Sketch of the medical history of the native army of Bombay, for the year
Year: 1875
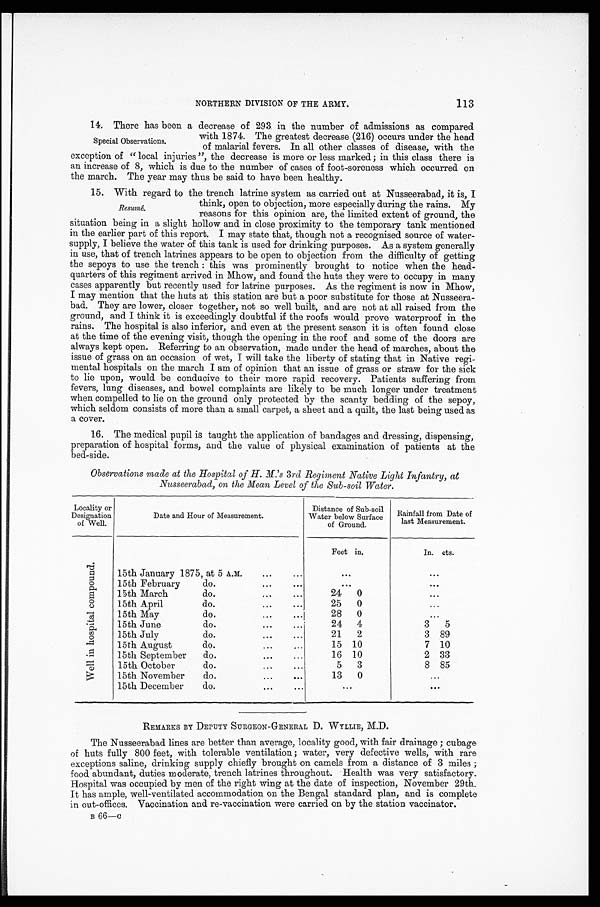
113
NORTHERN DIVISION OF THE ARMY.
14. There has been a decrease of 293 in the number of admissions as compared
Special Observations.
with 1874. The greatest decrease (216) occurs under the head
of malarial fevers. In all other classes of disease, with the
exception of " local injuries ", the decrease is more or less marked; in this class there is
an increase of 8, which is due to the number of cases of foot-soreness which occurred on
the march. The year may thus be said to have been healthy.
15. With reeard to the trench latrine system as carried out at Nusseerabad, it is. I
Resumé.
think, open to objection, more especially during the rains. My
reasons for this opinion are, the limited extent of ground, the
situation being in a slight hollow and in close proximity to the temporary tank mentioned
in the earlier part of this report. I may state that, though not a recognised source of water-
supply, I believe the water of this tank is used for drinking purposes. As a system generally
in use, that of trench latrines appears to be open to objection from the difficulty of getting
the sepoys to use the trench : this was prominently brought to notice when the head-
quarters of this regiment arrived in Mhow, and found the huts they were to occupy in many
cases apparently but recently used for latrine purposes. As the regiment is now in Mhow,
I may mention that the huts at this station are but a poor substitute for those at Nusseera-
bad. They are lower, closer together, not so well built, and are not at all raised from the
ground, and I think it is exceedingly doubtful if the roofs would prove waterproof in the
rains. The hospital is also inferior, and even at the present season it is often found close
at the time of the evening visit, though the opening in the roof and some of the doors are
always kept open. Referring to an observation, made under the head of marches, about the
issue of grass on an occasion of wet, I will take the liberty of stating that in Native regi-
mental hospitals on the march I am of opinion that an issue of grass or straw for the sick
to lie upon, would be conducive to their more rapid recovery. Patients suffering from
fevers, lung diseases, and bowel complaints are likely to be much longer under treatment
when compelled to lie on the ground only protected by the scanty bedding of the sepoy,
which seldom consists of more than a small carpet, a sheet and a quilt, the last being used as
a cover.
16. The medical pupil is taught the application of bandages and dressing, dispensing,
preparation of hospital forms, and the value of physical examination of patients at the
bed-side.
Observations made at the Hospital of H. M.'s 3rd Regiment Native Light Infantry, at
Nusseerabad, on the Mean Level of the Sub-soil Water.
Locality or
Designation
of Well.
Date and Hour of Measurement.
Distance of Sub-soil
Water below Surface
of Ground.
Rainfall from Date of
last Measurement.
W e l l i n h o s p i t a l c o m p o u n d
15th January 1875, at 5 A.M.
...
...
Feet in.
In. c t s .
. . .
. . .
15th February
do.
...
. . .
. . .
. . .
15th March
do.
. . .
...
24 0
. . .
15th April
do.
. . .
. . .
25 0
. . .
15th May
do.
...
...
28 0
. . .
15th June
do.
. . .
. . .
24 4
3 5
15th July
do.
...
...
21 2
3 89
15th August
do.
...
...
15 10
7 10
15th September do.
...
...
16 10
2 33
15th October
do.
...
...
5 3
8 85
15th November
do.
...
. . .
13 0
. . .
15th December
do.
. . .
...
. . .
. . .
REMARKS BY DEPUTY SURGEON—GENERAL D. WYLLIE, M.D.
The Nusseerabad lines are better than average, locality good, with fair drainage ; cubage
of huts fully 800 feet, with tolerable ventilation ; water, very defective wells, with rare
exceptions saline, drinking supply chiefly brought on camels from a distance of 3 miles ;
food abundant, duties moderate, trench latrines throughout. Health was very satisfactory.
Hospital was occupied by men of the right wing at the date of inspection, November 29th.
It has ample, well-ventilated accommodation on the Bengal standard plan, and is complete
in out-offices. Vaccination and re-vaccination were carried on by the station vaccinator.
B 66—c